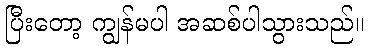
ပြီးတော့ ကျွန်မပါ အဆစ်ပါသွားသည်။